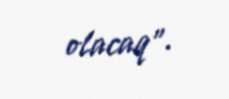
olacaq”.